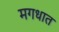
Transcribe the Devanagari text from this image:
मगधात